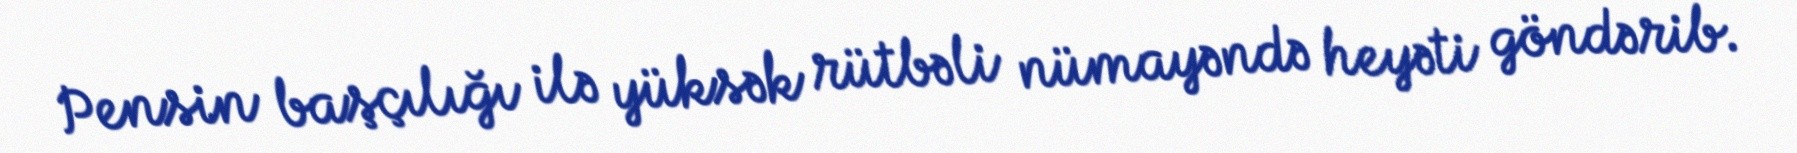
Pensin başçılığı ilə yüksək rütbəli nümayəndə heyəti göndərib.